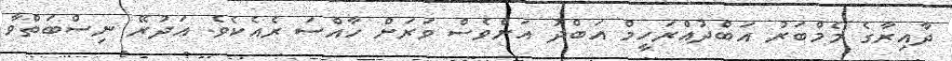
ދާއިރާގެ މެމްބަރު އަބްދުއްރަހީމް އަބްދު އަށްވެސް ވަރަށް ހާއްސަ ރެއެކެވެ. އަދުރޭ ނިސްބަތްވާ